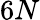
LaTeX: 6N